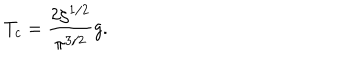
T _ { c } = \frac { 2 \zeta ^ { 1 / 2 } } { \pi ^ { 3 / 2 } } g .